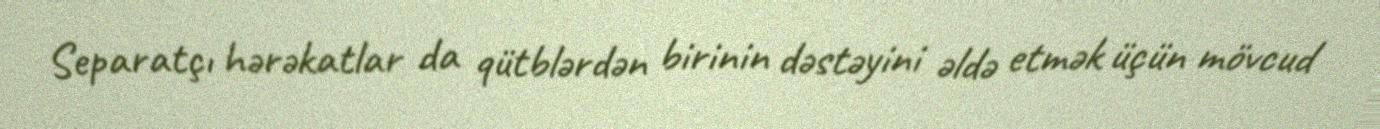
Separatçı hərəkatlar da qütblərdən birinin dəstəyini əldə etmək üçün mövcud